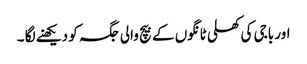
اور باجی کی کھلی ٹانگوں کے بیچ والی جگہ کو دیکھنے لگا ۔